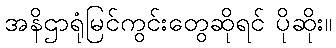
အနိဌာရုံမြင်ကွင်းတွေဆိုရင် ပိုဆိုး။